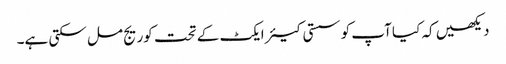
دیکھیں کہ کیا آپ کو سستی کیئر ایکٹ کے تحت کوریج مل سکتی ہے۔